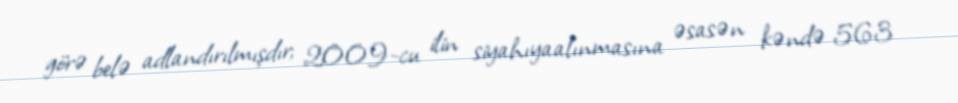
görə belə adlandırılmışdır; 2009-cu ilin siyahıyaalınmasına əsasən kəndə 563